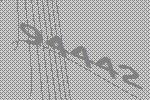
94442